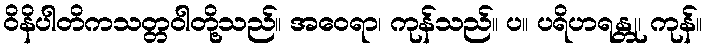
ဝိနိပါတိကသတ္တဝါတို့သည်။ အဝေရာ၊ ကုန်သည်။ ပ။ ပရိဟရန္တု၊ ကုန်။